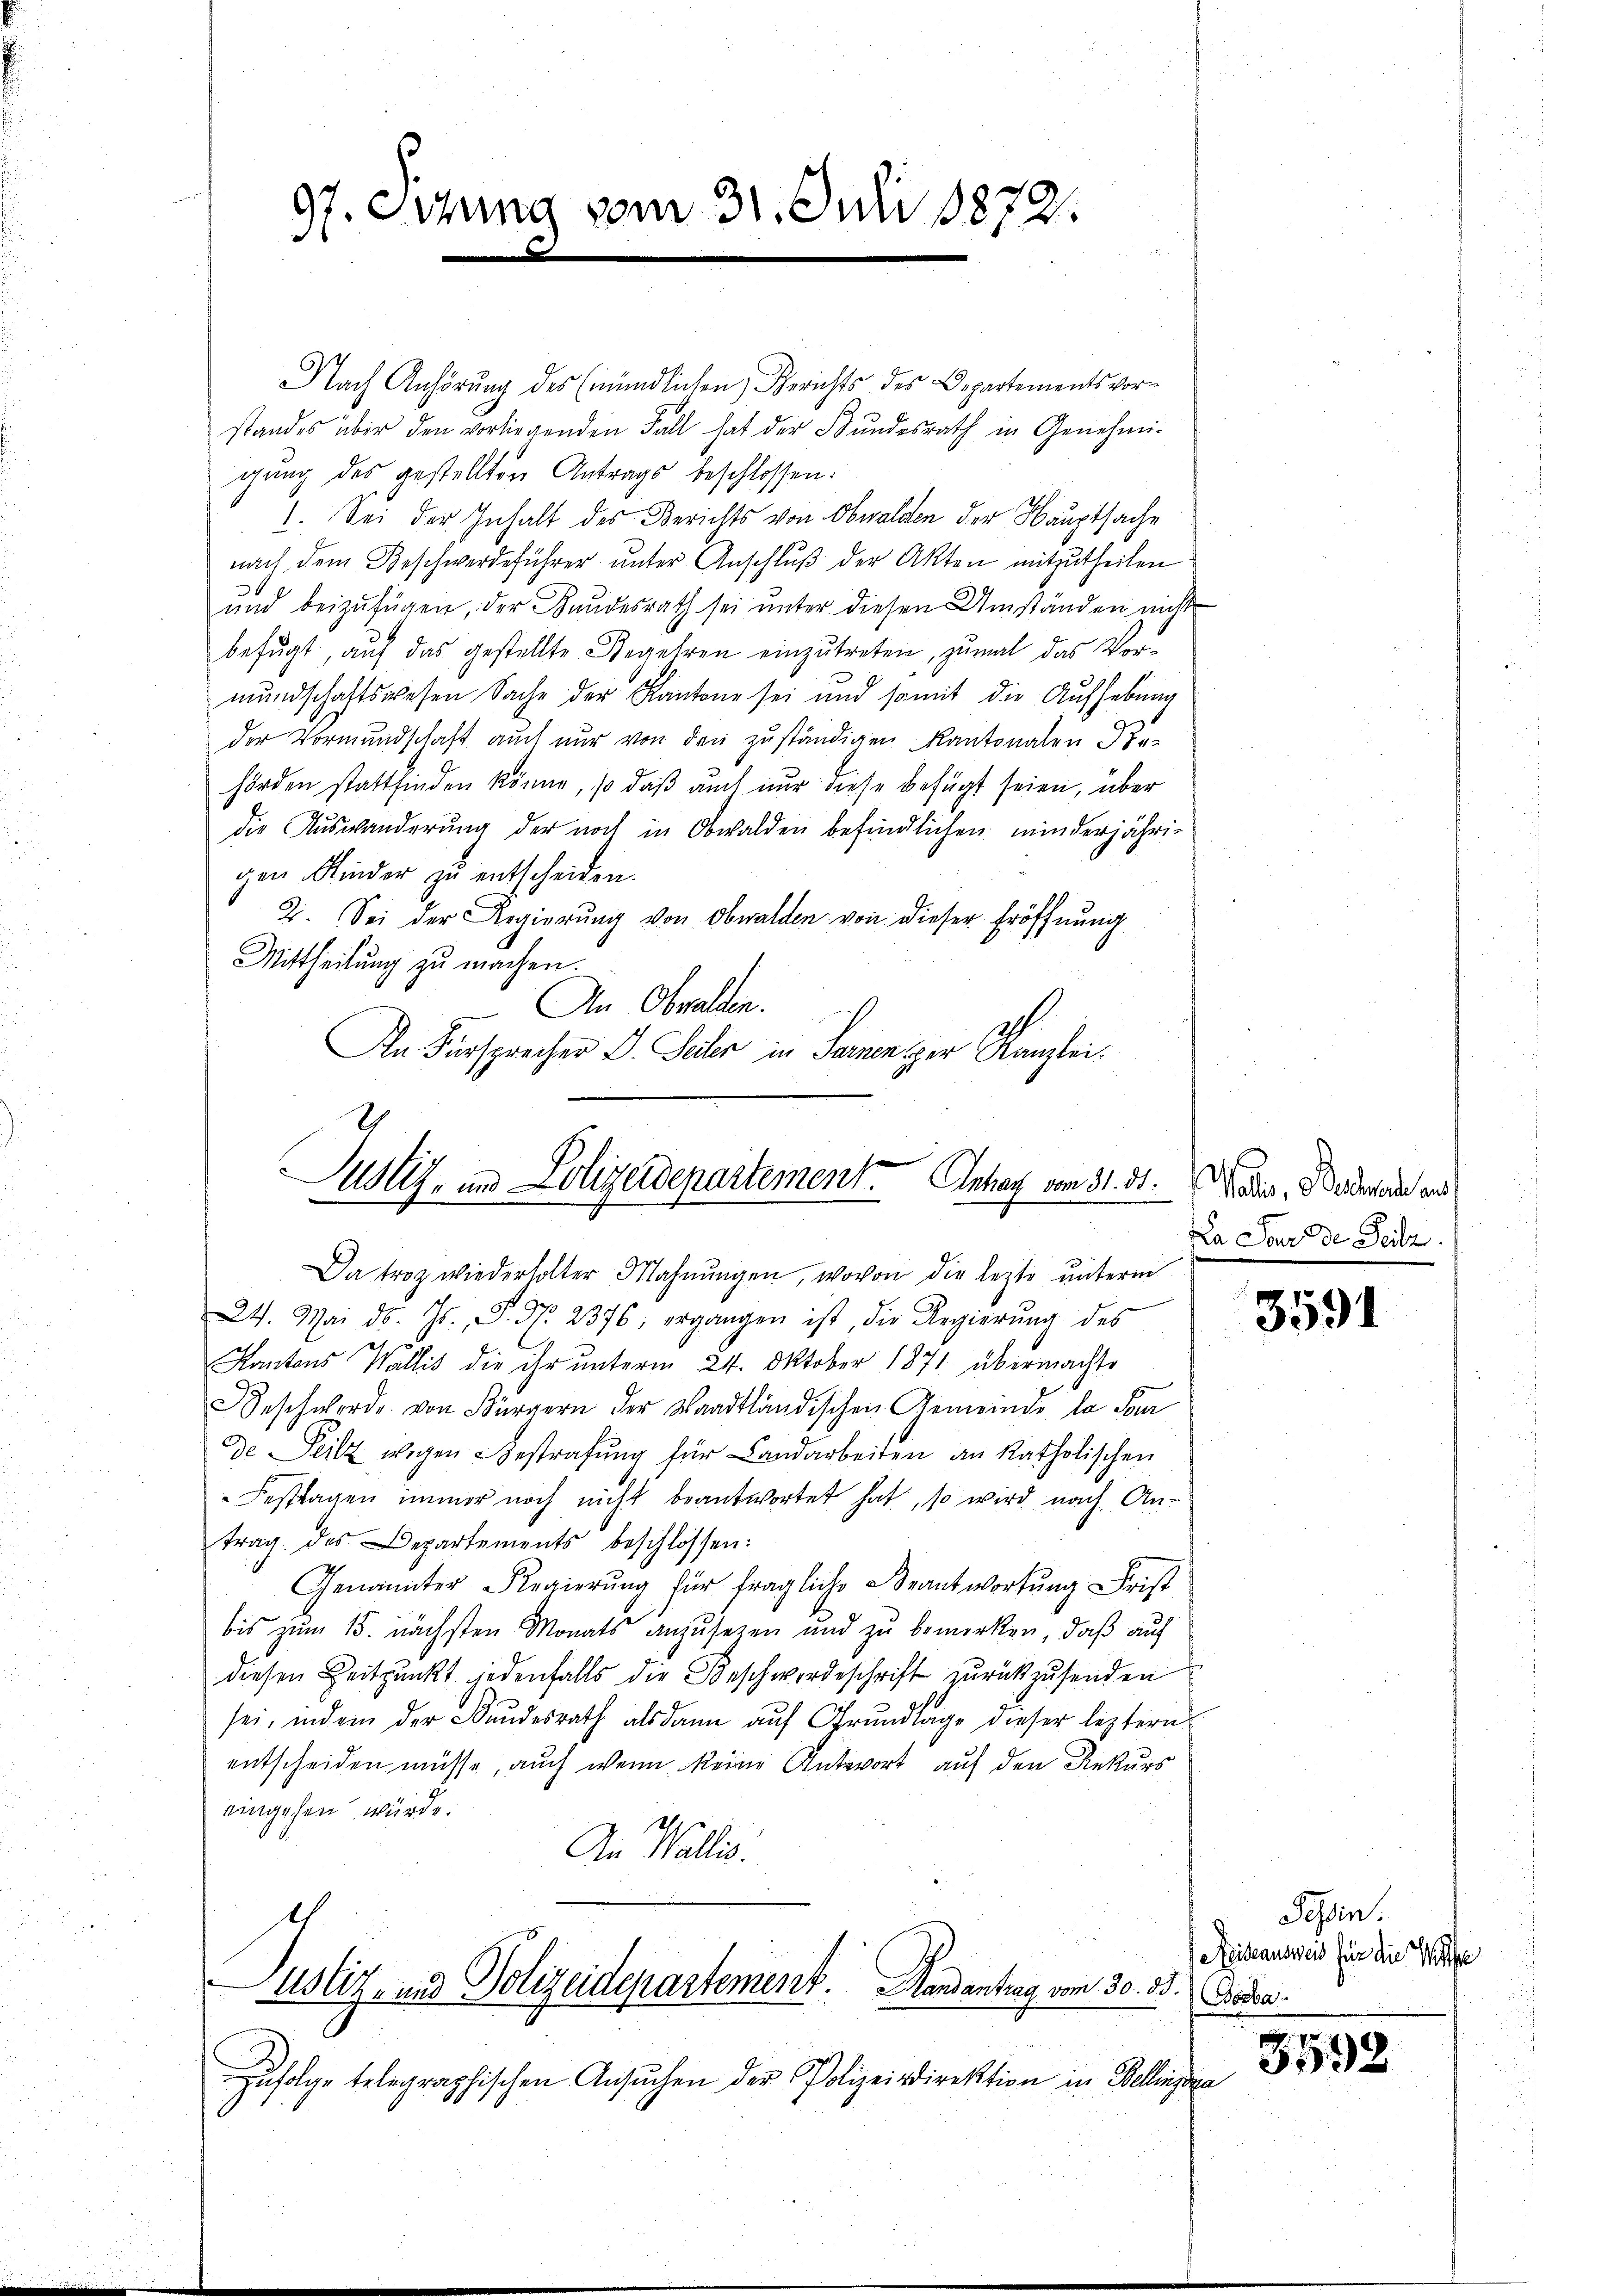
97. Sitzung vom 31. Juli 1872.

Justiz- und Polizeidepartement. Einhar vom 31. 31.
Da troz wiederholter Mahnŭngen, wovon die lezte ŭnterm

Nach Anhörung des (mündlichen Gerichts des Departementsvorstandes über den vorliegenden Fall hat der Bundesrath in Genehmigung des gestellten Antrags beschlossen:
1. Sei der Inhalt des Berichts von Obwalden der Hauptsache
nach dem Beschwerdeführer ŭnter Anschlŭβ der Akten mitzutheilen
und beizufügen, der Kundesrath sei unter diesen Umständen nicht
befugt, auf das gestellte Begehren einzutreten, zumal das Vor-
mundschaftswesen Sache der Kantone sei und somit die Aufhebung
der Vormundschaft auch nur von den zuständigen Kantonalen Re-
hörden stattfinden könne, so daß auch nur diese befügt seien, über
die Auswanderung der noch in Obwalden befindlichen minderjährigen Kinder zu entscheiden.
D. Sei der Regierung von Obwalden von dieser Eröffnung
Mittheilung zu machen
An Obwalden.
An Fürsprecher D. Seler in Parzen zur Kanzlei.

24. Mai d. Js., S. Nr. 2376, ergangen ist, die Regierŭng des
Kantons Wallis die ihr unterm 24. Oktober 1871 übermachte
Beschwerde von Bürgern der Waadtländischen Gemeinde la San
de Teilz wegen Bestrafŭng für Landarbeiten an katholischen
Festtagen immer noch nicht beantwortet hat, so wird nach Antrag des Departements beschlossen:
Genannter Regierŭng für fragliche Beantwortung Frist
bis zum 15. nächsten Monats anzusetzen und zu bemerken, daß auf
diesen Zeitpunkt jedenfalls die Beschwerdeschrift zurückzusenden
sei, indem der Bundesrath alsdann auf Grundlage dieser leztern
entscheiden müsse, auch wenn keine Antwort auf den Rekurs
eingehen würde.
An Wallis.
Astiz- und Polizeidepartement. Handantrag vom 30. ds. Boden.
zufolge telegraphischen Ansuchen der Polizeidirektion in Belligen

alis, Beschrade aus
Da Lande Teile

3591

Tessin.
Reiseausweis für die Weise

3592